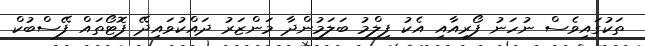
ތަކުގައިވެސް ނުހަނު ފޯރިއާއި އެކު ފިލްމު ބަލަމުންދާ މަންޒަރު ދައްކުވައިދޭ ފޮޓޯތައް ފޭސްބުކް